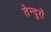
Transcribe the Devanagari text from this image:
तेन्दुरों